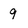
Character: 9